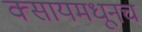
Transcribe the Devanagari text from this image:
क्सायमधूनच